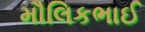
મૌલિકભાઈ